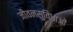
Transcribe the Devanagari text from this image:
जीवनसुविधाओं